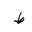
Letter: _da